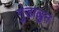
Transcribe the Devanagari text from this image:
गुंडाळुन